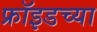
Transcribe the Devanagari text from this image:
फ्रॉइडच्या